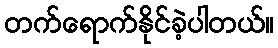
တက်ရောက်နိုင်ခဲ့ပါတယ်။